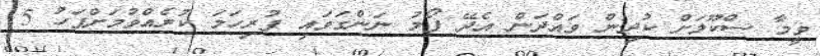
ވީމާ ސްކޫލަށް ކުދިން ވައްދަން އެދޭ ފޯމު ނަންގަވައި ފުރިހަމަ ކުރެއްވުމަށްފަހު 5